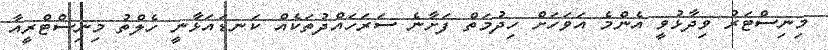
މިނިސްޓަރު ވިދާޅުވީ އެންމެ އަވަހަށް ހިދުމަތް ފަށާނެ ސަރަހައްދުތަކެއް ކަނޑައަޅާނީ ހެލްތު މިނިސްޓްރީއާ